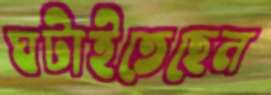
ঘটাইতেছেন